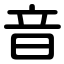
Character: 音